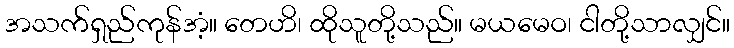
အသက်ရှည်ကုန်အံ့။ တေဟိ၊ ထိုသူတို့သည်။ မယမေဝ၊ ငါတို့သာလျှင်။